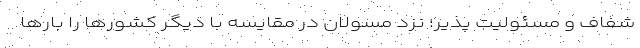
شفاف و مسئوليت پذير؛ نزد مسولان در مقایسه با دیگر کشورها را بارها